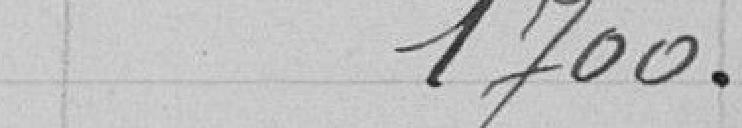
1.700